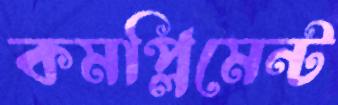
কমপ্লিমেন্ট